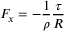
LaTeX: F _ { x } = - { \frac { 1 } { \rho } } { \frac { \tau } { R } }